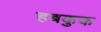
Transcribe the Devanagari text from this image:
हबकुक